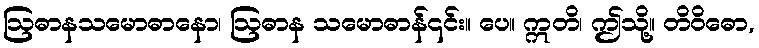
ဩဓာနသမောဓာနော၊ ဩဓာန သမောဓာန်၎င်း။ ပေ။ ဣတိ၊ ဤသို့။ တိဝိဓော,